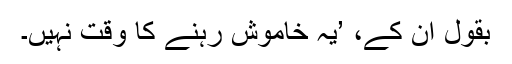
بقول اُن کے، ’یہ خاموش رہنے کا وقت نہیں۔